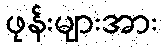
ဖုန်းများအား